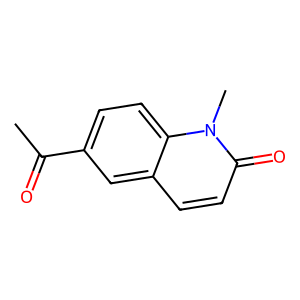
SMILES: CC(=O)c1ccc2c(ccc(=O)n2C)c1
Inhibits HIV replication: No